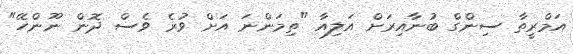
އަމްރީތާ ސިންގް ބުނާއިރަށް އަލިއާ "ތިމަންނަ އަށް ވުރެ ވެސް ދޮން ނޫންހޭ"